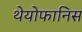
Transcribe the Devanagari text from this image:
थेयोफानिस